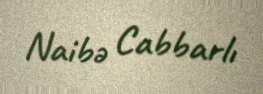
Naibə Cabbarlı